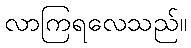
လာကြရလေသည်။